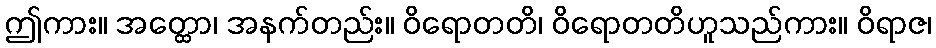
ဤကား။ အတ္ထော၊ အနက်တည်း။ ဝိရောတတိ၊ ဝိရောတတိဟူသည်ကား။ ဝိရာဇ၊